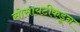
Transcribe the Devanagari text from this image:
सोसायटीकडून